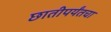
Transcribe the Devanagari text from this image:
छातीपर्यंतचा